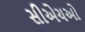
સીએચઓ